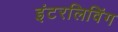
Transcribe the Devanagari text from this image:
इंटरलिविंग